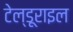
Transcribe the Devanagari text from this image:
टेल्डूराइल